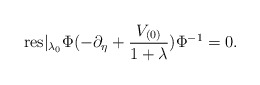
\begin{align*}\mbox{res}|_{\lambda _{0}}\Phi(-\partial_{\eta}+\frac{V_{(0)}}{1+\lambda })\Phi ^{-1}=0 .\end{align*}